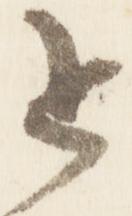
追